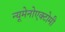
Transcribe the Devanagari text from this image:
न्यूमेनोएक्टोमी